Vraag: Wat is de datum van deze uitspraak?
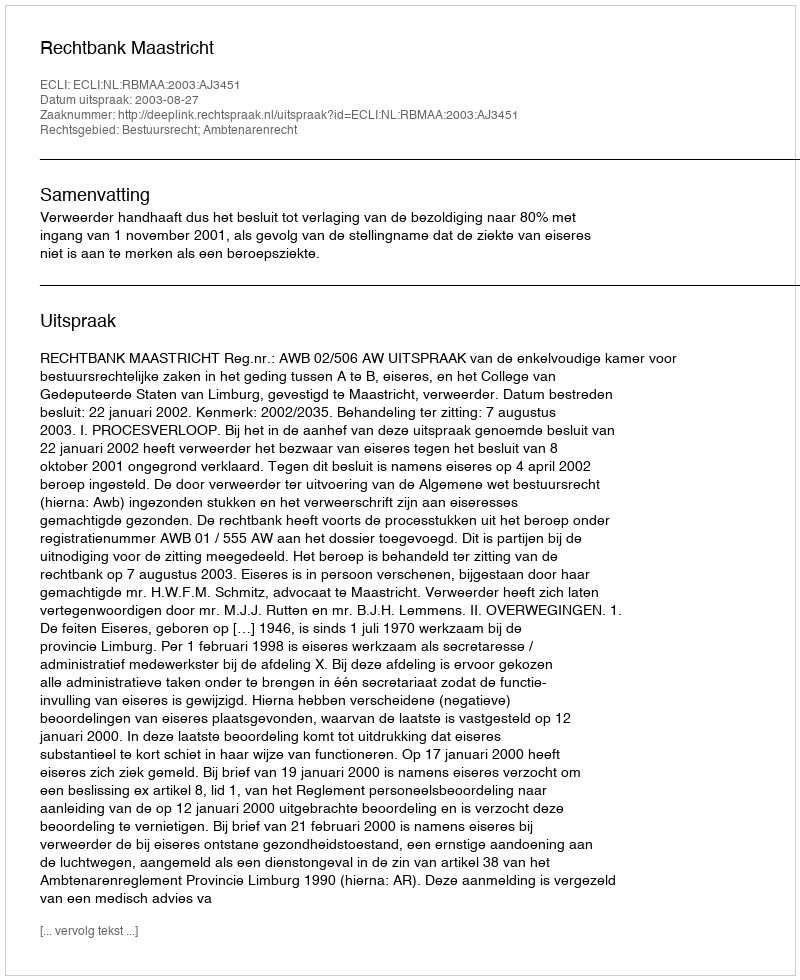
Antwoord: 2003-08-27